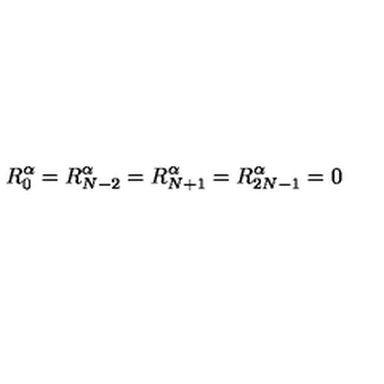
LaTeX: R _ { 0 } ^ { \alpha } = R _ { N - 2 } ^ { \alpha } = R _ { N + 1 } ^ { \alpha } = R _ { 2 N - 1 } ^ { \alpha } = 0